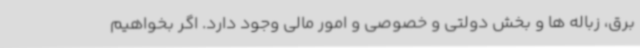
برق، زباله ها و بخش دولتی و خصوصی و امور مالی وجود دارد. اگر بخواهیم